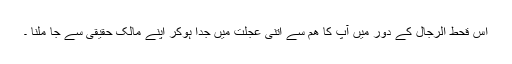
اس قحط الرجال کے دور میں آپ کا ھم سے اتنی عجلت میں جدا ہوکر اپنے مالک حقیقی سے جا ملنا ۔